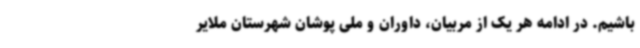
باشیم. در ادامه هر یک از مربیان، داوران و ملی پوشان شهرستان ملایر